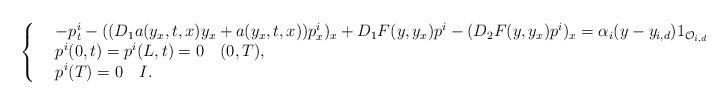
LaTeX: \begin{align*}\left\{\begin{array}{rl}&-p^i_t - ((D_1 a(y_x,t,x)y_x + a(y_x,t,x)) p^i_x)_{x} + D_1 F(y,y_x) p^i - (D_2 F(y,y_x) p^i)_x = \alpha_i (y-y_{i,d}) {1}_{\mathcal{O}_{i,d}} \ \ Q,\\&p^i(0,t) = p^i(L,t) = 0\ \ \ (0,T),\\&p^i(T) = 0\ \ \ I.\end{array}\right.\end{align*}